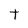
Character: t